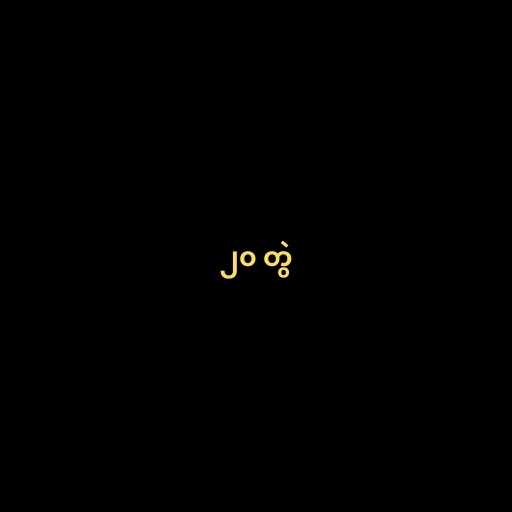
၂၀ တွဲ